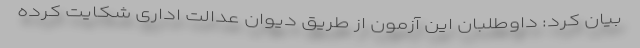
بیان کرد: داوطلبان این آزمون از طریق دیوان عدالت اداری شکایت کرده